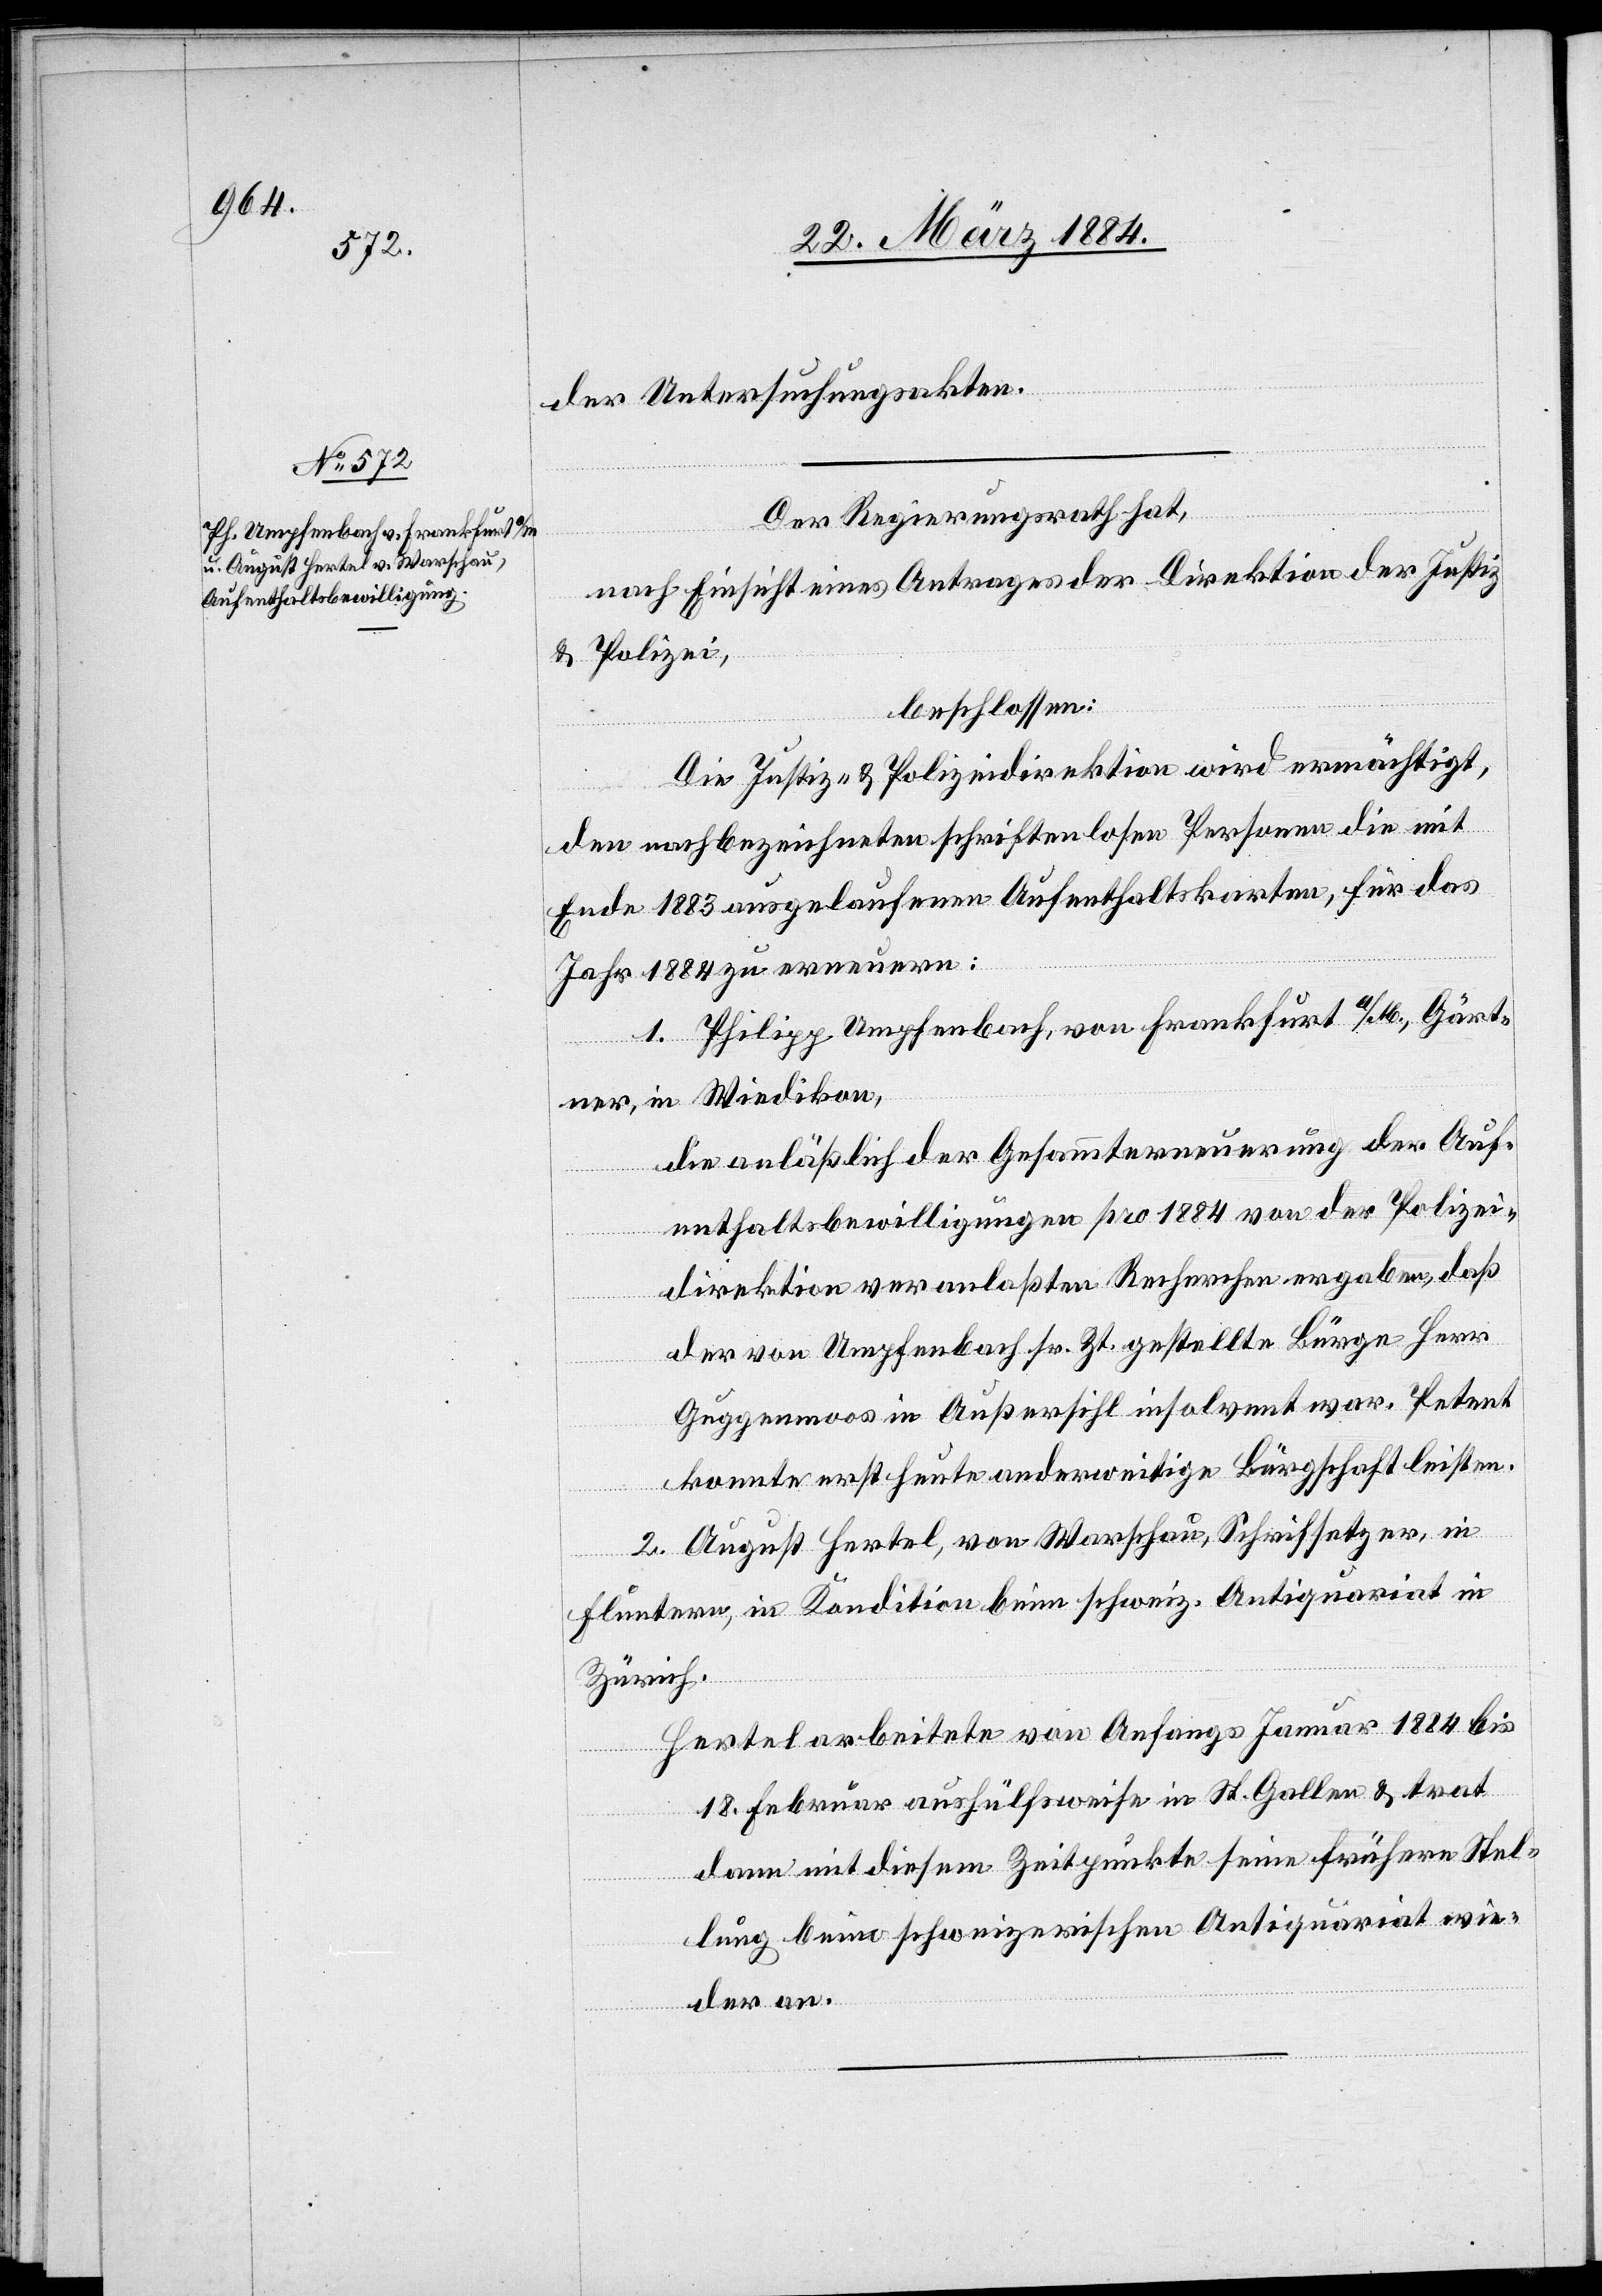
der Untersuchungsakten.
Der Regierungsrath hat,
nach Einsicht eines Antrages der Direktion der Justiz
& Polizei,
beschlossen:
Die Justiz- & Polizeidirektion wird ermächtigt,
den nachbezeichneten schriftenlosen Personen die mit
Ende 1883 ausgelaufenen Aufenthaltskarten, für das
Jahr 1884 zu erneuern:
1. Phillip Umpfenbach, von Frankfurt a/M., Gärt¬
ner, in Wiedikon.
Die anläßlich der Gesammterneuerung der Auf¬
enthaltsbewilligungen pro 1884 der Polizei¬
direktion veranlaßten Recherchen ergaben, daß
der von Umpfenbach sr. Zt. gestellte Bürge Herr
Guggenmoos in Außersihl insolvent war. Petent
konnte erst heute anderweitige Bürgschaft leisten.
2. August Hertel, von Warschau, Schriftsetzer, in
Fluntern, in Kondition beim schweiz. Antiquariat in
Zürich.
Hertel arbeitete von Anfangs Januar 1884 bis
18. Februar aushülfsweise in St. Gallen & trat
dann mit diesem Zeitpunkte seine frühere Stel¬
lung beim schweizerischen Antiquariat wie¬
der an.